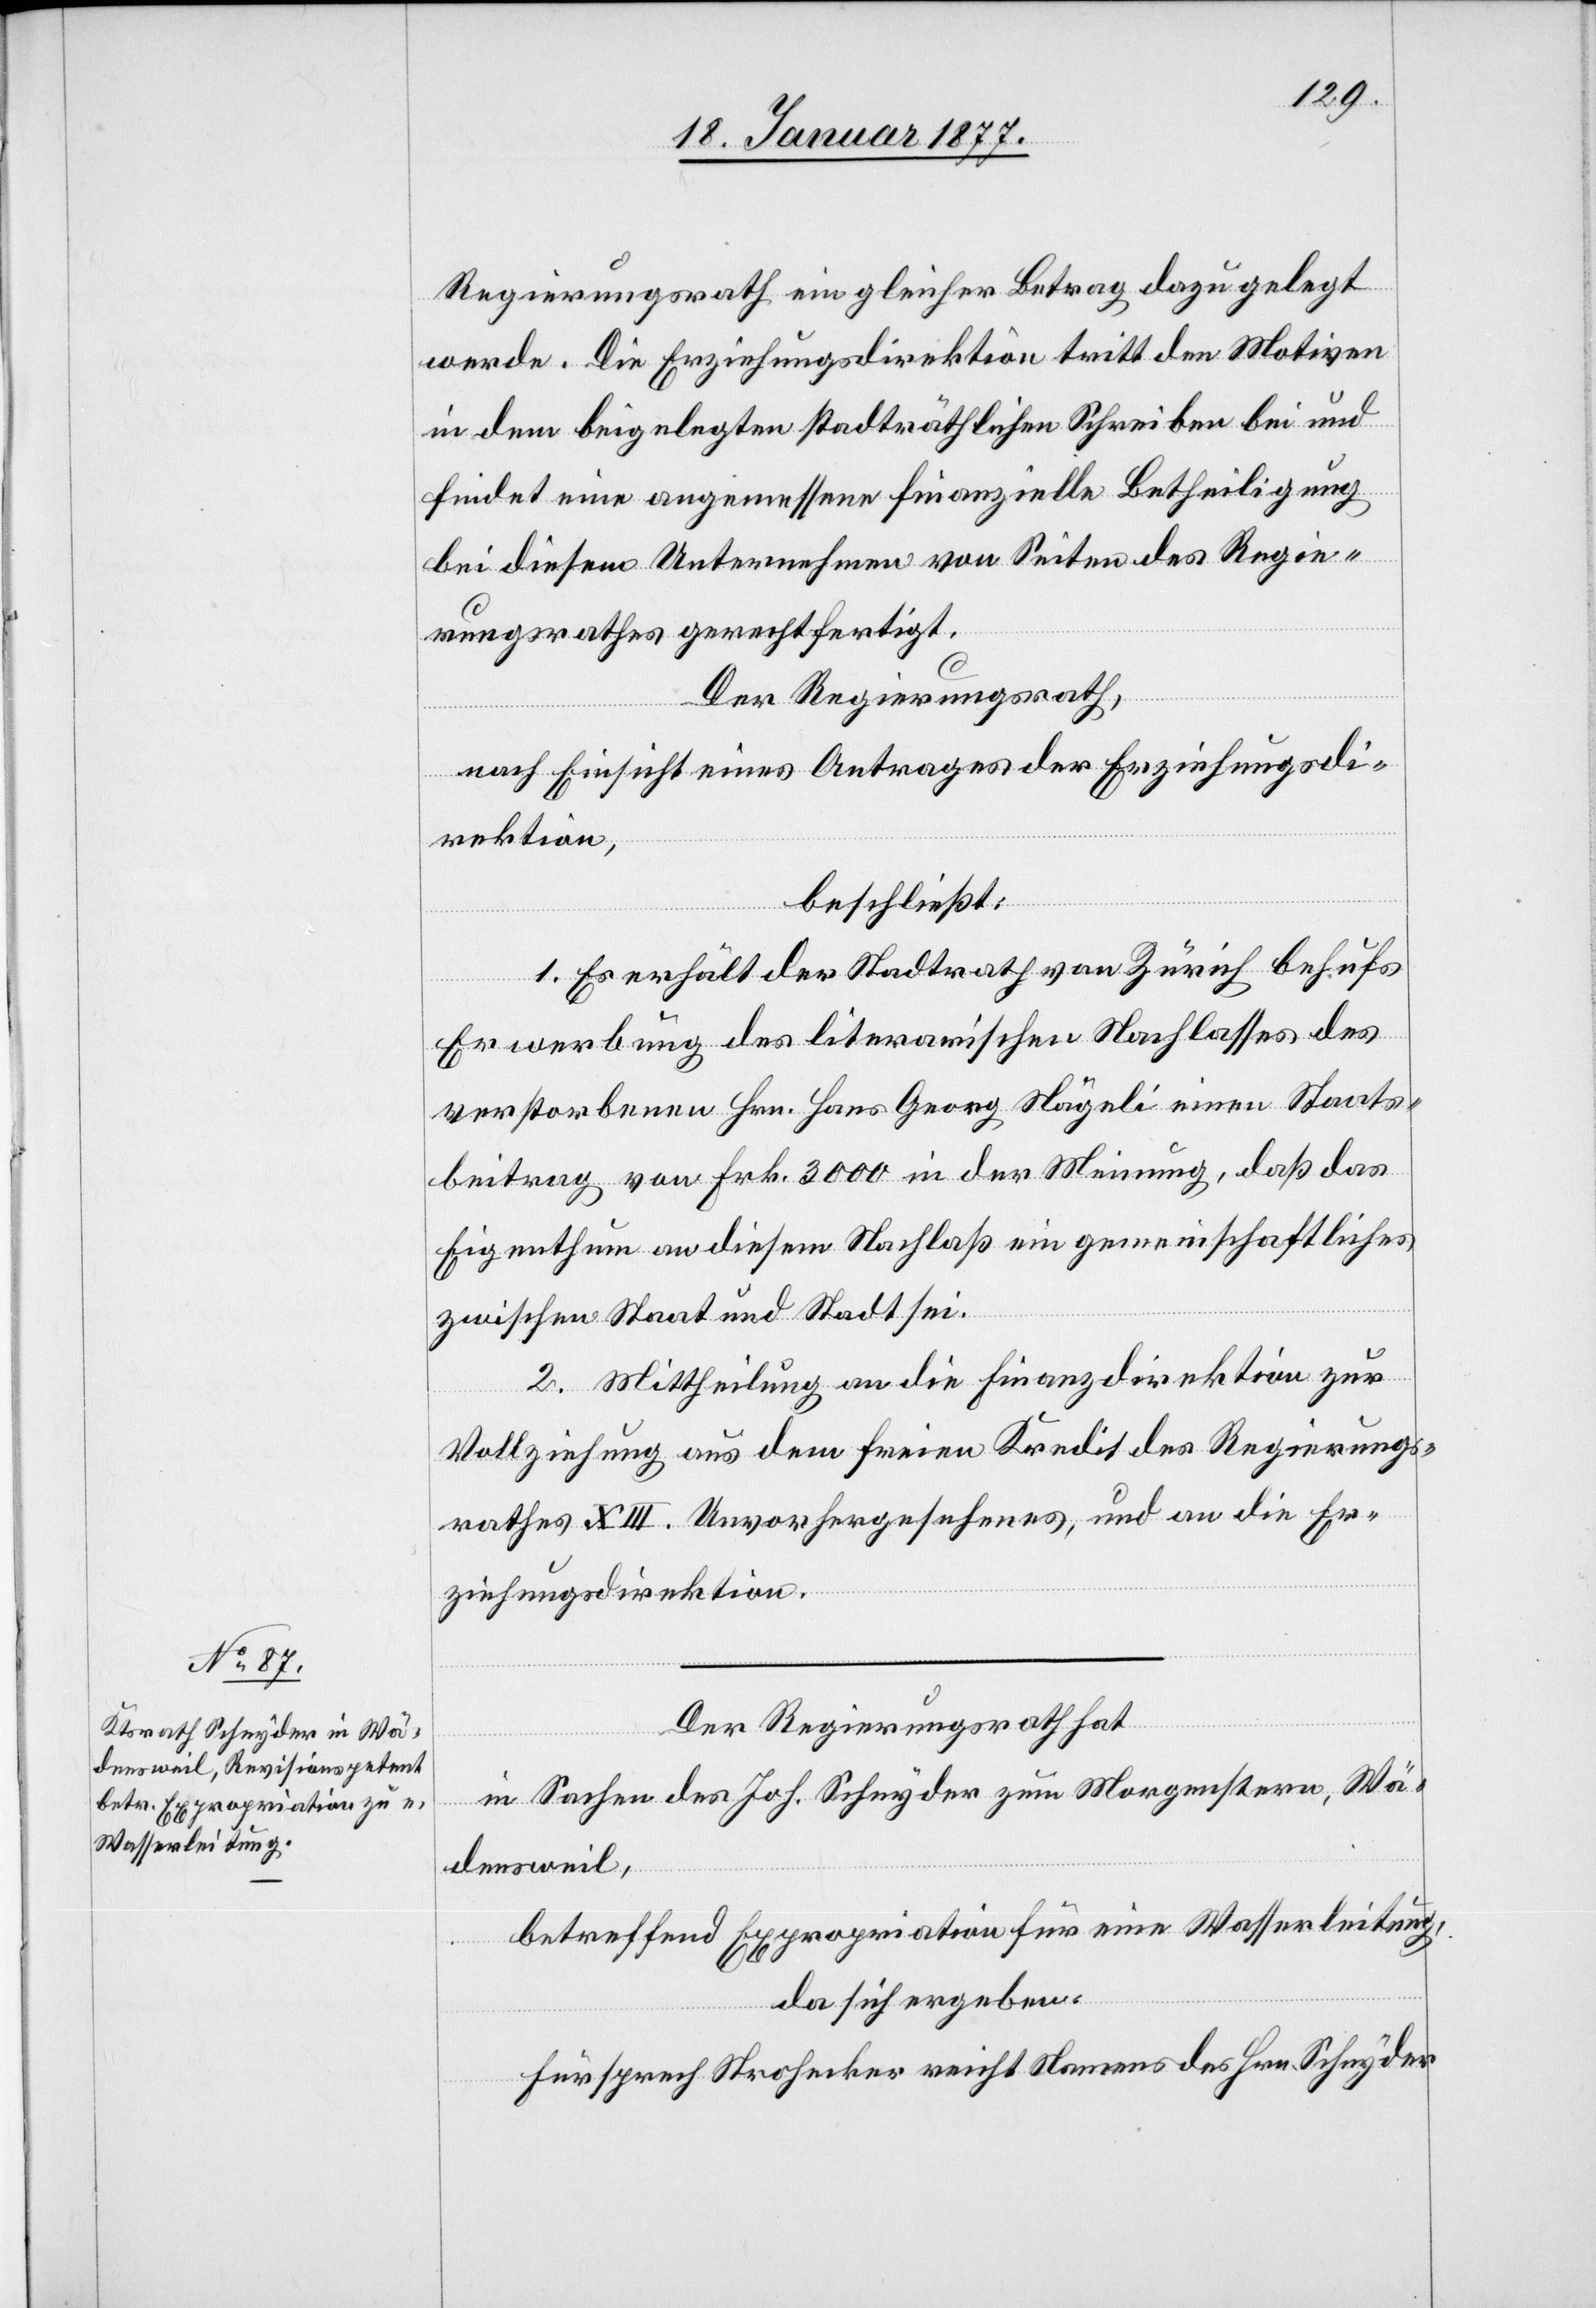
Regierungsrath ein gleicher Betrag dazu gelegt
werde. Die Erziehungsdirektion tritt den Motiven
in dem beigelegten stadträthlichen Schreiben bei und
findet eine angemessene finanzielle Betheiligung
bei diesem Unternehmen von Seiten des Regie¬
rungsrathes gerechtfertigt.
Der Regierungsrath,
nach Einsicht eines Antrages der Erziehungsdi¬
rektion,
beschließt:
1. Es erhält der Stadtrath von Zürich behufs
Erwerbung des literarischen Nachlasses des
verstorbenen Hrn. Hans Georg Nägeli einen Staats¬
beitrag von Frk. 3000 in der Meinung, daß das
Eigenthum an diesem Nachlaß ein gemeinschaftliches
zwischen Staat und Stadt sei.
2. Mittheilung an die Finanzdirektion zur
Vollziehung aus dem freien Kredite des Regierungs¬
rathes XIII. Unvorhergesehenes, und an die Er¬
ziehungsdirektion.
Der Regierungsrath hat,
in Sachen des Joh. Schnyder zum Morgenstern, Wä¬
densweil,
betreffend Expropriation für eine Wasserleitung,
da sich ergeben:
Fürsprech Strohecker richtet Namens des Hrn. Schnyder